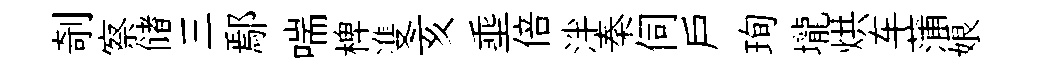
剞察储三鄢喘椑㕠亥埀倍泮秦伺戸珣壠烘车蒲娘